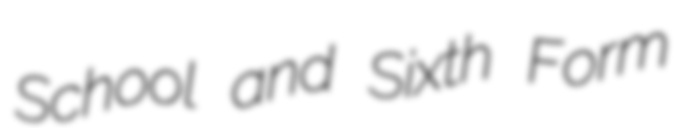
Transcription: School and Sixth Form